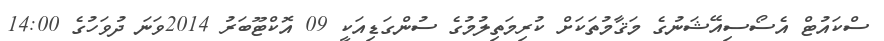
ސްކައުޓް އެސޯސިއޭޝަނުގެ މަޤާމުތަކަށް ކުރިމަތިލުމުގެ ސުންގަޑިއަކީ 09 އޮކްޓޫބަރު 2014ވަނަ ދުވަހުގެ 14:00